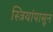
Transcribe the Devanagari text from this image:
स्त्रियांपासून